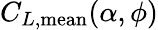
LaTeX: C_{L,\textrm{mean}}(\alpha,\phi)